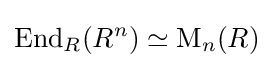
\operatorname {End} _{R}(R^{n})\simeq \operatorname {M} _{n}(R)